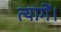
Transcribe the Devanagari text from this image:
त्यागें।